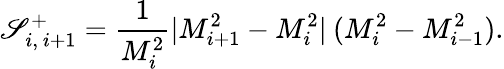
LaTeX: \mathscr{S}_{i,\ i+1}^{+}=\frac{{1}}{{M_{i}^{2}}}|M_{i+1}^{2}-M_{i}^{2}|\: (M_{i}^{2}-M_{i-1}^{2}).